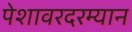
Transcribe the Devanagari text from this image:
पेशावरदरम्यान